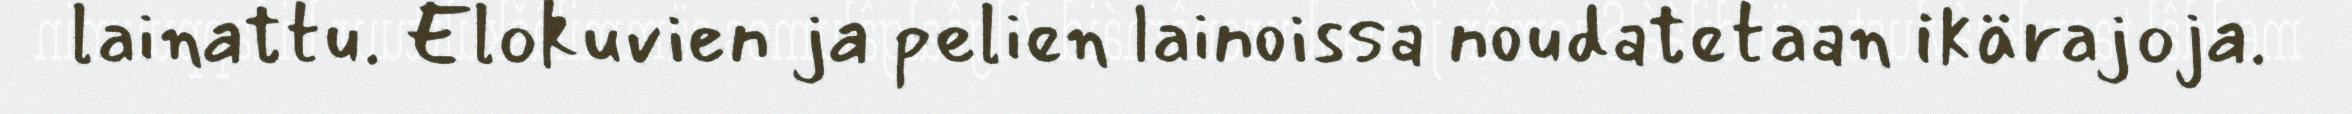
lainattu. Elokuvien ja pelien lainoissa noudatetaan ikärajoja.